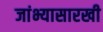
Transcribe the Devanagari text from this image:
जांभ्यासारखी